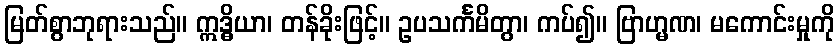
မြတ်စွာဘုရားသည်။ ဣဒ္ဓိယာ၊ တန်ခိုးဖြင့်။ ဥပသင်္ကမိတွာ၊ ကပ်၍။ ဗြာဟ္မဏ၊ မကောင်းမှုကို